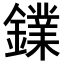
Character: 𨭥